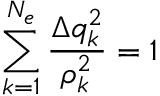
\sum _ { k = 1 } ^ { N _ { e } } { \frac { \Delta q _ { k } ^ { 2 } } { \rho _ { k } ^ { 2 } } } = 1